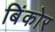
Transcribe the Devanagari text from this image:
बिंकोर